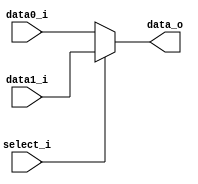
`ifndef MUX32_V
`define MUX32_V

module MUX32 (
    data0_i,
    data1_i,
    select_i,
    data_o
);

input   [31:0]  data0_i;
input   [31:0]  data1_i;
input           select_i;
output  [31:0]  data_o;

assign data_o = (select_i == 0) ? data0_i : data1_i;

endmodule

module MUX32_4 (
    data00_i,
    data01_i,
    data10_i,
    data11_i,
    select_i,
    data_o
);

input   [31:0]  data00_i;
input   [31:0]  data01_i;
input   [31:0]  data10_i;
input   [31:0]  data11_i;
input   [1:0]   select_i;
output  [31:0]  data_o;

assign data_o = (select_i == 2'b00) ? data00_i :
                (select_i == 2'b01) ? data01_i :
                (select_i == 2'b10) ? data10_i : data11_i;

endmodule

`endif